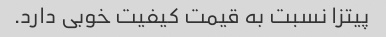
پیتزا نسبت به قیمت کیفیت خوبی دارد.